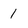
Character: 1